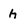
Character: h